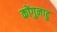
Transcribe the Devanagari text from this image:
कोंगुनाटु